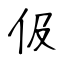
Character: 伋